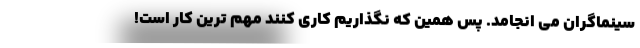
سینماگران می انجامد. پس همین که نگذاریم کاری کنند مهم ترین کار است!